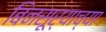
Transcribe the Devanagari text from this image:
बिनसूर्याच्या